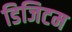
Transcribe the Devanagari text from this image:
डिजिटम